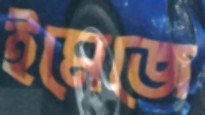
ইমেজে